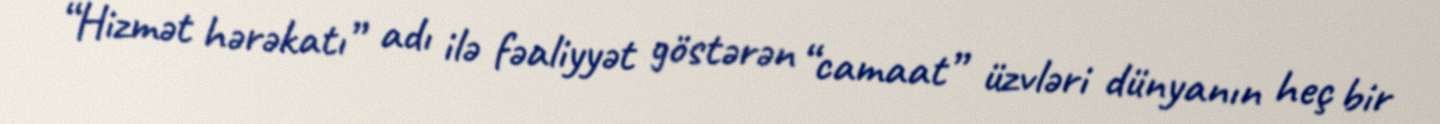
“Hizmət hərəkatı” adı ilə fəaliyyət göstərən “camaat” üzvləri dünyanın heç bir